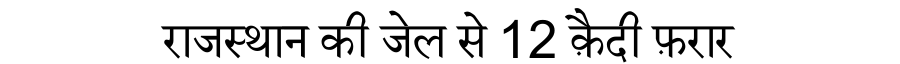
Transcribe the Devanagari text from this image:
राजस्थान की जेल से 12 क़ैदी फ़रार